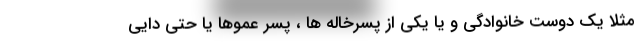
مثلاٌ یک دوست خانوادگی و یا یکی از پسرخاله ها ، پسر عموها یا حتی دایی